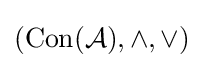
(\mathrm {Con} ({\mathcal {A}}),\wedge ,\vee )